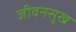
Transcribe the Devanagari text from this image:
जीवनसुख